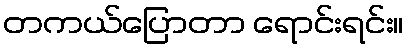
တကယ်ပြောတာ ရောင်းရင်း။